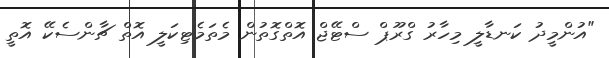
"އުންމީދު ކަނޑާލީ މިހާރު ގްރޫޕް ސްޓޭޖް އޮތްގޮތުން މެތަމެޓިކަލީ އޮތް ޗާންސެކޭ އޮތީ